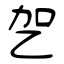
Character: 乫